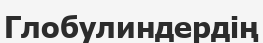
Глобулиндердің